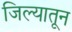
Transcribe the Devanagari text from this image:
जिल्यातून